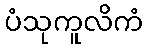
ပံသုကူလိကံ